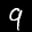
Label: 9